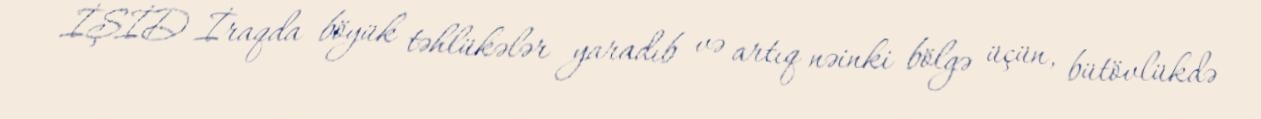
İŞİD İraqda böyük təhlükələr yaradıb və artıq nəinki bölgə üçün, bütövlükdə